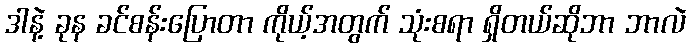
ဒါနဲ့ ခုန ခင်စန်းပြောတာ ကိုယ့်အတွက် သုံးစရာ ရှိတယ်ဆိုဘာ ဘာလဲ